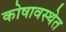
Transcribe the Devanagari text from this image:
कोषावस्थेत